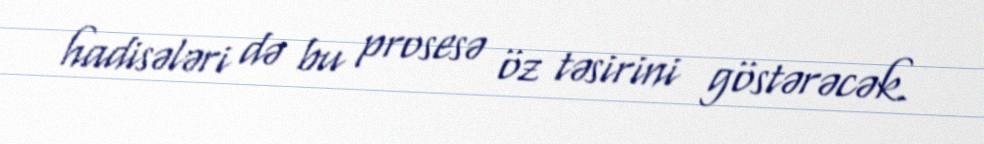
hadisələri də bu prosesə öz təsirini göstərəcək.